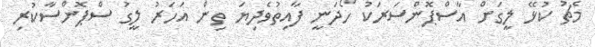
މެޗު ކުޅޭ ލީގަށް އާސްޕޮންސަރަކު ހޯދަނީ ފާއިތުވެދިޔަ ތިން އަހަރު ލީގު ސްޕޮންސާކުރި